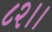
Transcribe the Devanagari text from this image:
८२।।